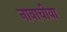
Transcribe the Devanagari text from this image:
नावाचीया